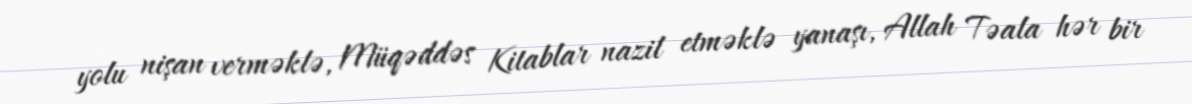
yolu nişan verməklə, Müqəddəs Kitablar nazil etməklə yanaşı, Allah Təala hər bir